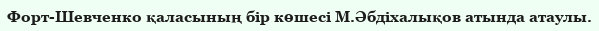
Форт-Шевченко қаласының бір көшесі М.Әбдіхалықов атында атаулы.